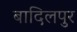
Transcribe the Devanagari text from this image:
बादिलपुर